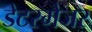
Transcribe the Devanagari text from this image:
डेटरमेजर